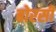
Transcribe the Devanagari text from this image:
बोरसी